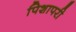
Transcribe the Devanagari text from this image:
पिशापरी